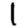
Digit: 1